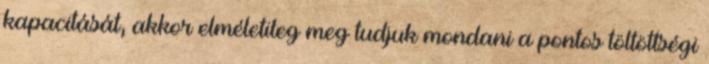
kapacitását, akkor elméletileg meg tudjuk mondani a pontos töltöttségi